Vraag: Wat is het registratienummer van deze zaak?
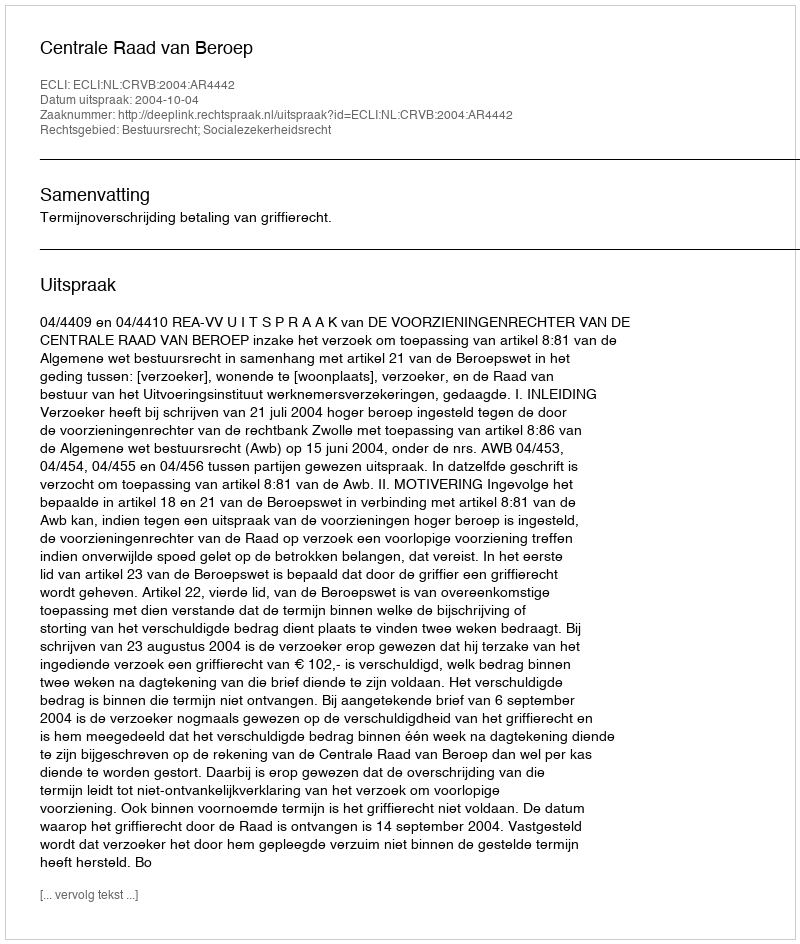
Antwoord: http://deeplink.rechtspraak.nl/uitspraak?id=ECLI:NL:CRVB:2004:AR4442